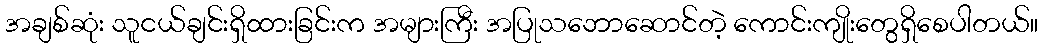
အချစ်ဆုံး သူငယ်ချင်းရှိထားခြင်းက အများကြီး အပြုသဘောဆောင်တဲ့ ကောင်းကျိုးတွေရှိစေပါတယ်။